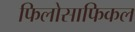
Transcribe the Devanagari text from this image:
फिलोसाफिकल